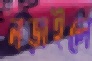
নড়াইলে